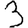
Digit: 3